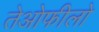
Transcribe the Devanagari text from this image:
तेओफीलो